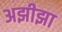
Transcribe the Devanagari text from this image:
अझीझा